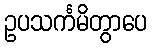
ဥပသင်္ကမိတွာပေ